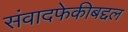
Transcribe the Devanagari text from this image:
संवादफेकीबद्दल